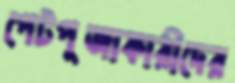
পেটপূজাকারীদের